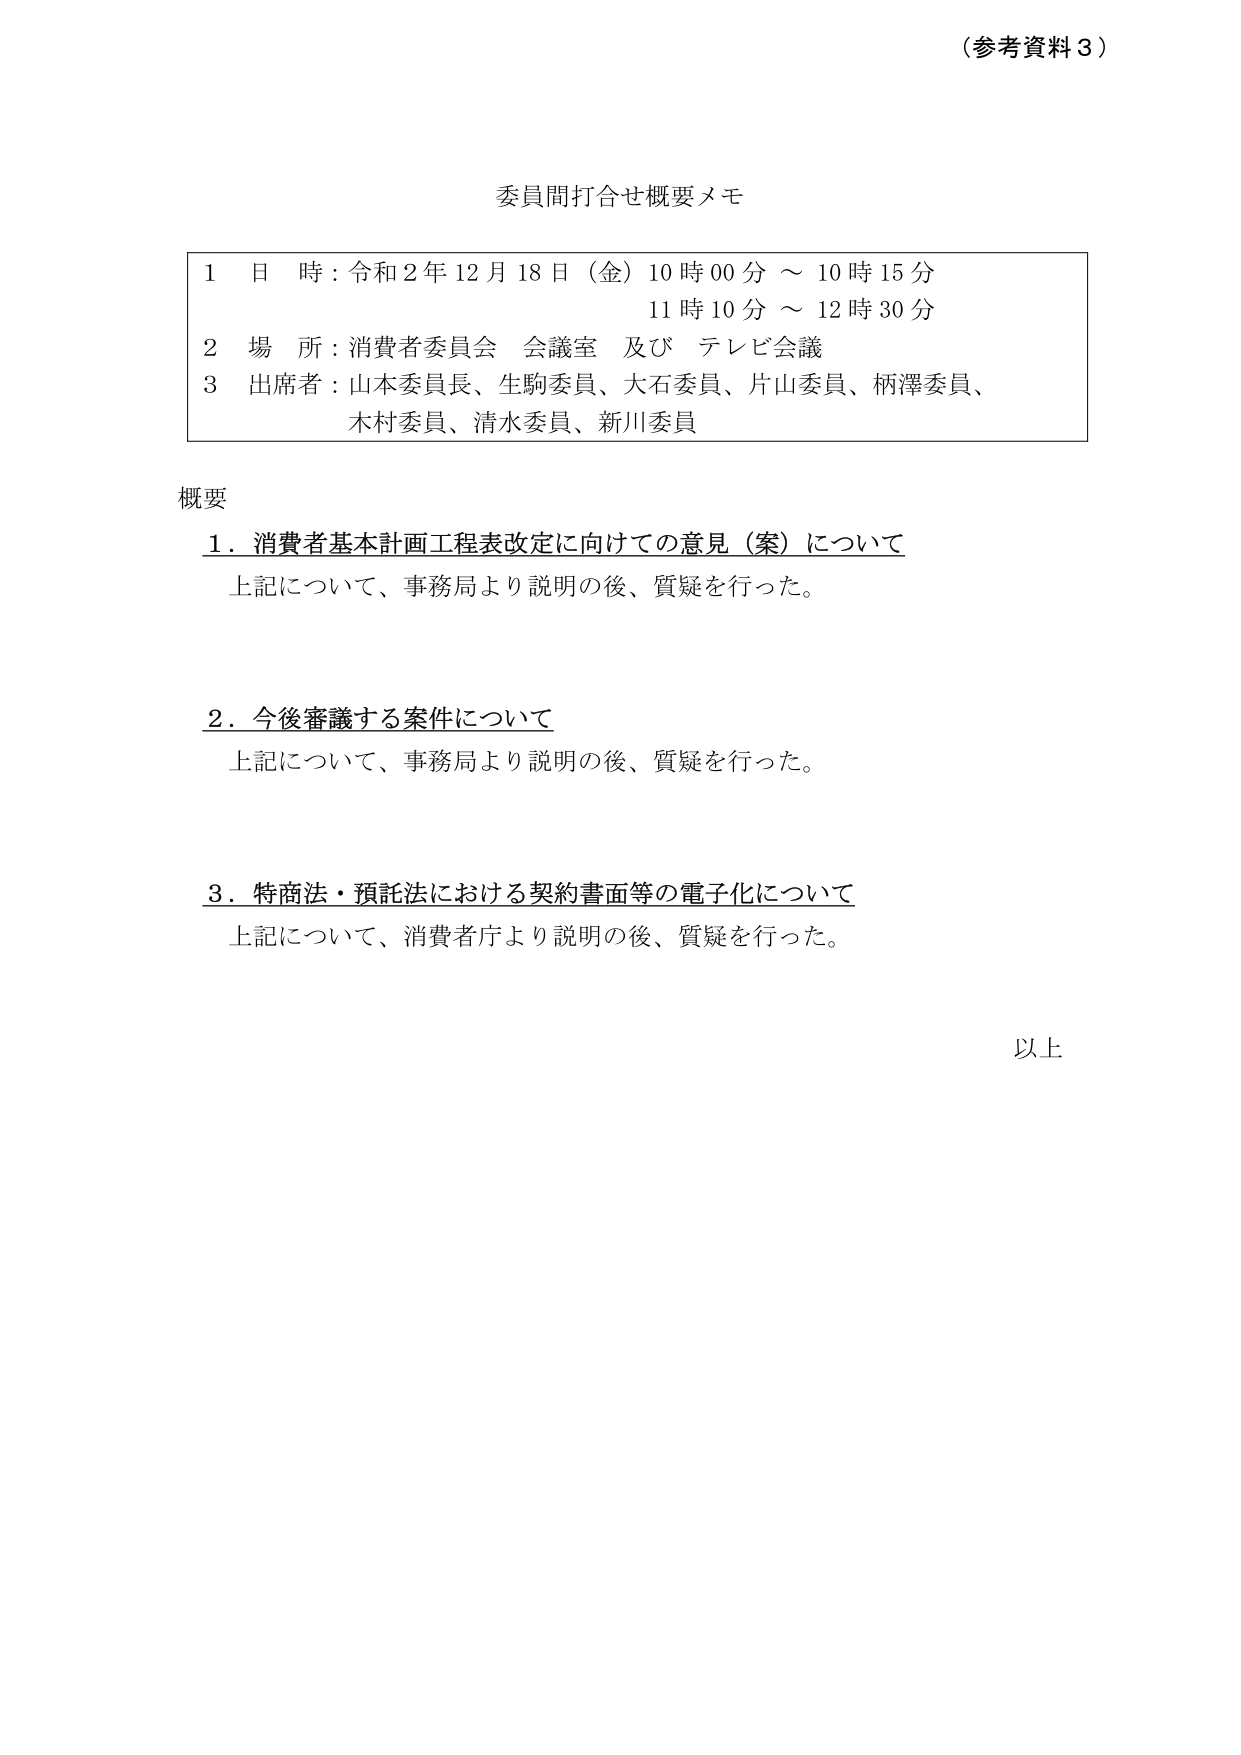
（参考資料３）

委員間打合せ概要メモ

１　日　時：令和２年１２月１８日（金）１０時００分 ～ １０時１５分
　　　　　　　　　　　　　　　　　　１１時１０分 ～ １２時３０分
２　場　所：消費者委員会　会議室　及び　テレビ会議
３　出席者：山本委員長、生駒委員、大石委員、片山委員、柄澤委員、
　　　　　木村委員、清水委員、新川委員

概要

１．消費者基本計画工程表改定に向けての意見（案）について
　　上記について、事務局より説明の後、質疑を行った。

２．今後審議する案件について
　　上記について、事務局より説明の後、質疑を行った。

３．特商法・預託法における契約書面等の電子化について
　　上記について、消費者庁より説明の後、質疑を行った。

以上